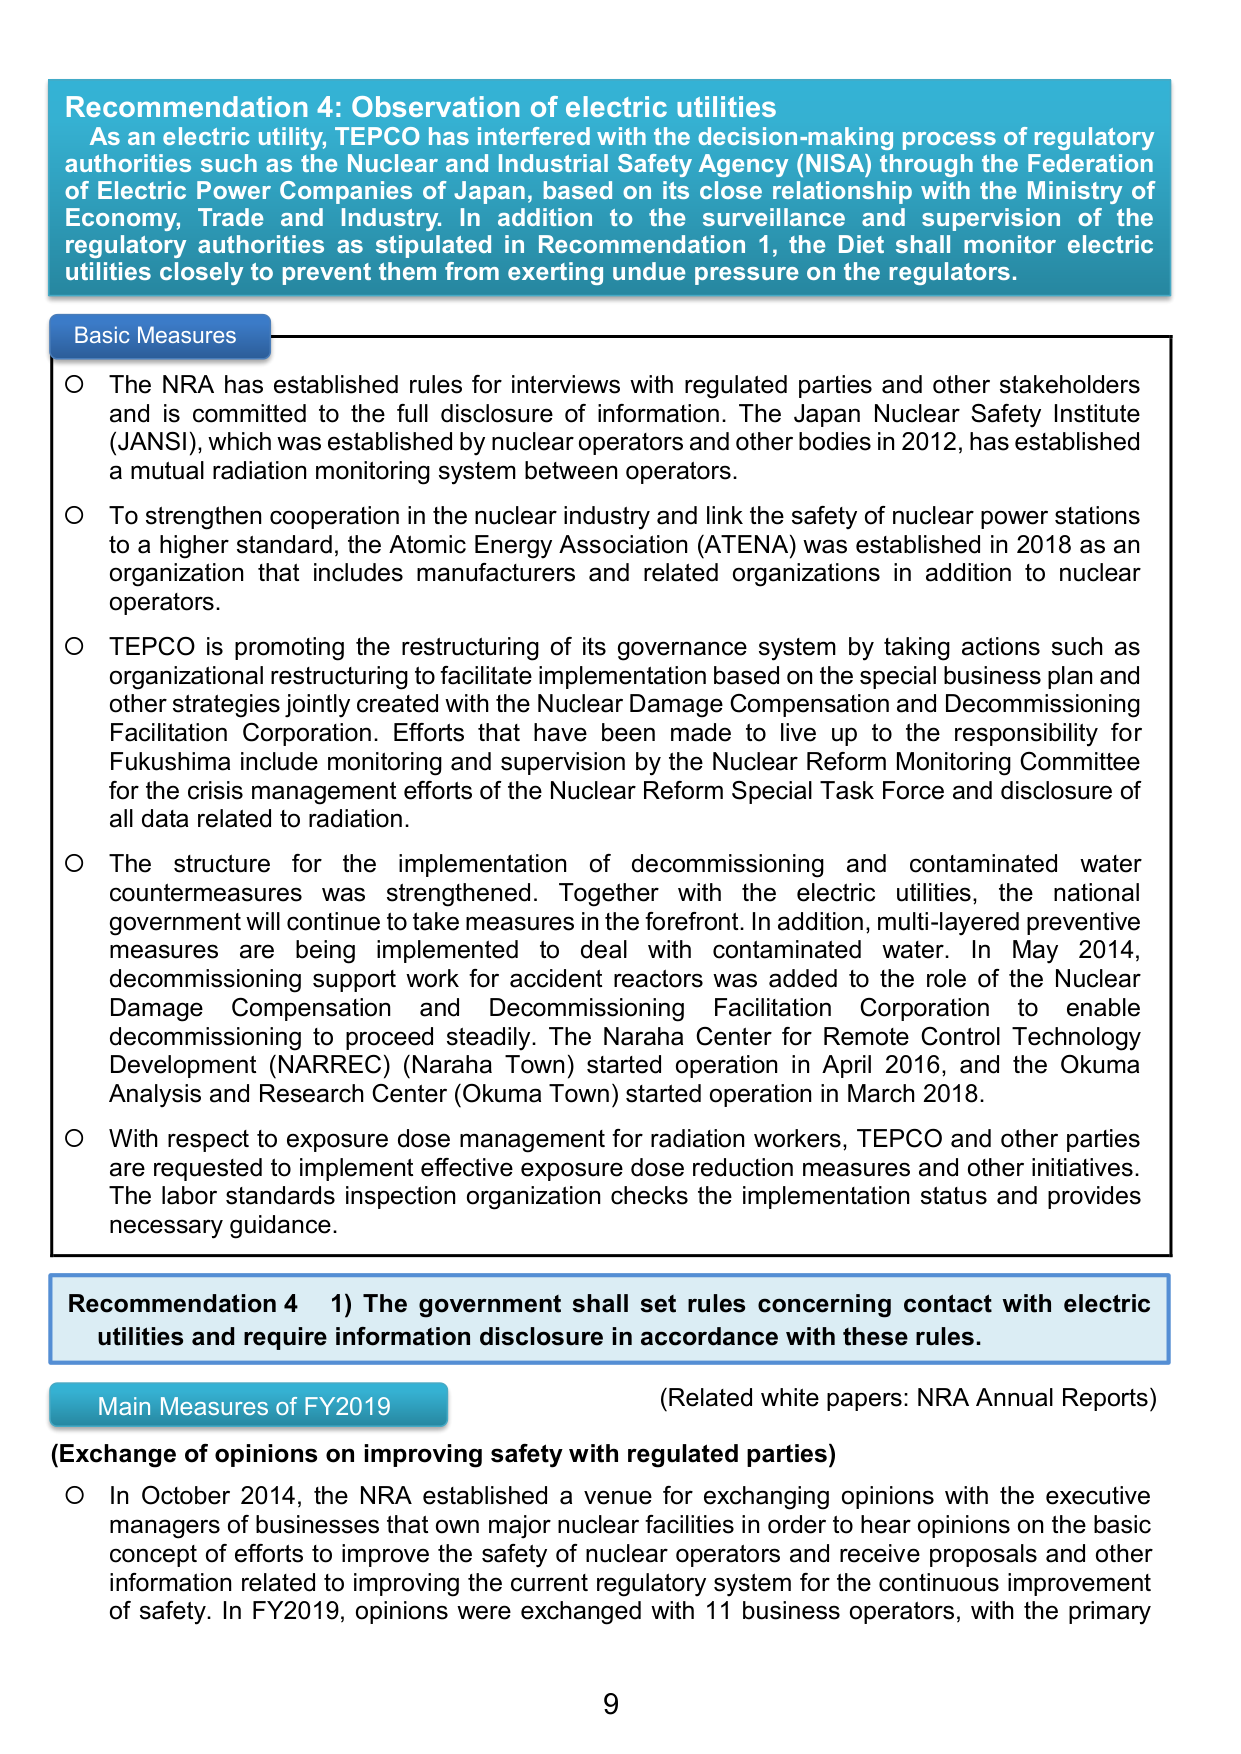
Recommendation 4: Observation of electric utilities
As an electric utility, TEPCO has interfered with the decision-making process of regulatory authorities such as the Nuclear and Industrial Safety Agency (NISA) through the Federation of Electric Power Companies of Japan, based on its close relationship with the Ministry of Economy, Trade and Industry. In addition to the surveillance and supervision of the regulatory authorities as stipulated in Recommendation 1, the Diet shall monitor electric utilities closely to prevent them from exerting undue pressure on the regulators.

Basic Measures
○ The NRA has established rules for interviews with regulated parties and other stakeholders and is committed to the full disclosure of information. The Japan Nuclear Safety Institute (JANSI), which was established by nuclear operators and other bodies in 2012, has established a mutual radiation monitoring system between operators.
○ To strengthen cooperation in the nuclear industry and link the safety of nuclear power stations to a higher standard, the Atomic Energy Association (ATENA) was established in 2018 as an organization that includes manufacturers and related organizations in addition to nuclear operators.
○ TEPCO is promoting the restructuring of its governance system by taking actions such as organizational restructuring to facilitate implementation based on the special business plan and other strategies jointly created with the Nuclear Damage Compensation and Decommissioning Facilitation Corporation. Efforts that have been made to live up to the responsibility for Fukushima include monitoring and supervision by the Nuclear Reform Monitoring Committee for the crisis management efforts of the Nuclear Reform Special Task Force and disclosure of all data related to radiation.
○ The structure for the implementation of decommissioning and contaminated water countermeasures was strengthened. Together with the electric utilities, the national government will continue to take measures in the forefront. In addition, multi-layered preventive measures are being implemented to deal with contaminated water. In May 2014, decommissioning support work for accident reactors was added to the role of the Nuclear Damage Compensation and Decommissioning Facilitation Corporation to enable decommissioning to proceed steadily. The Naraha Center for Remote Control Technology Development (NARREC) (Naraha Town) started operation in April 2016, and the Okuma Analysis and Research Center (Okuma Town) started operation in March 2018.
○ With respect to exposure dose management for radiation workers, TEPCO and other parties are requested to implement effective exposure dose reduction measures and other initiatives. The labor standards inspection organization checks the implementation status and provides necessary guidance.

Recommendation 4 1) The government shall set rules concerning contact with electric utilities and require information disclosure in accordance with these rules.
(Related white papers: NRA Annual Reports)
Main Measures of FY2019
(Exchange of opinions on improving safety with regulated parties)
○ In October 2014, the NRA established a venue for exchanging opinions with the executive managers of businesses that own major nuclear facilities in order to hear opinions on the basic concept of efforts to improve the safety of nuclear operators and receive proposals and other information related to improving the current regulatory system for the continuous improvement of safety. In FY2019, opinions were exchanged with 11 business operators, with the primary

9